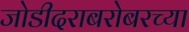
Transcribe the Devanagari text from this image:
जोडीदराबरोबरच्या